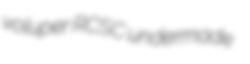
voluper RCSC undermade